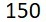
150